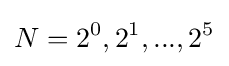
N=2^{0},2^{1},...,2^{5}